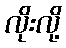
လိုးလို့